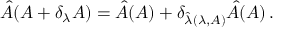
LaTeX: \hat { A } ( A + \delta _ { \lambda } A ) = \hat { A } ( A ) + \delta _ { \hat { \lambda } ( \lambda , A ) } \hat { A } ( A ) \, .